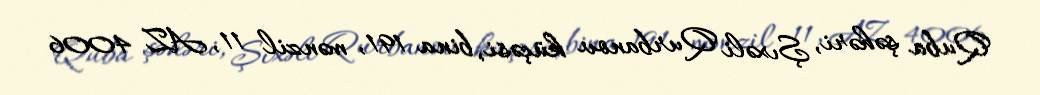
Quba şəhəri, Şıxəli Qurbanov küçəsi, bina 191, mənzil 11, AZ 4006